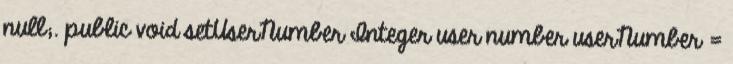
null;. public void setUserNumber Integer user number userNumber =